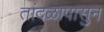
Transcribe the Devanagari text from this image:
तांदळापासुन